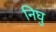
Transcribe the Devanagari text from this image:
निघु